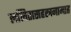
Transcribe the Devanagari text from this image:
ललितासहस्त्रनामात